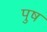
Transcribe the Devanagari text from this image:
पुष